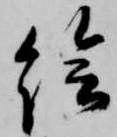
絵